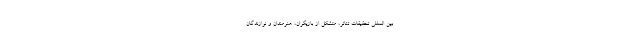
بین المللی تحقیقات تئاتر، متشکل از بازیگران، هنرمندان و نوازندگان